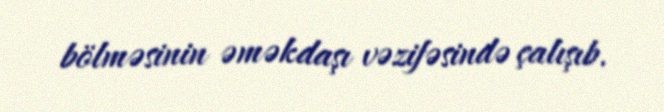
bölməsinin əməkdaşı vəzifəsində çalışıb.